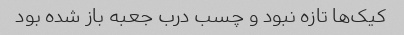
کیک‌ها تازه نبود و چسب درب جعبه باز شده بود